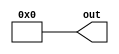
module constant_value_generator2 #(parameter D=8'b00000000)(out);
	output [7:0] out;
	assign out = D;
endmodule